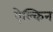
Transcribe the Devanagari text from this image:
ऐल्किन